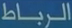
الربطاط